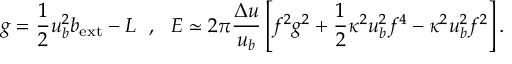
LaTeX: g = \frac { 1 } { 2 } u _ { b } ^ { 2 } b _ { \mathrm { e x t } } - L \ \ , \ \ { \cal E } \simeq 2 \pi \frac { \Delta u } { u _ { b } } \left[ f ^ { 2 } g ^ { 2 } + \frac { 1 } { 2 } \kappa ^ { 2 } u _ { b } ^ { 2 } f ^ { 4 } - \kappa ^ { 2 } u _ { b } ^ { 2 } f ^ { 2 } \right] .